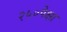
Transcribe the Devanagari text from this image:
२५०पेक्षा